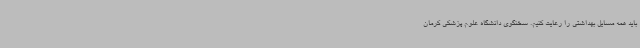
باید همه مسایل بهداشتی را رعایت کنیم. سخنگوی دانشگاه علوم پزشکی کرمان